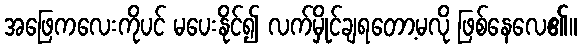
အဖြေကလေးကိုပင် မပေးနိုင်၍ လက်မှိုင်ချရတော့မလို ဖြစ်နေလေ၏။